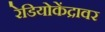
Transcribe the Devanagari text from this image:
रेडियोकेंद्रावर